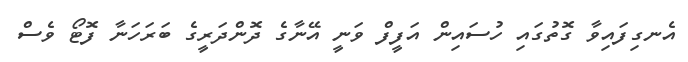
އެނގިފައިވާ ގޮތުގައި ހުސައިން އަފީފް ވަނީ އޭނާގެ ދޮންދަރީގެ ބަރަހަނާ ފޮޓޯ ވެސް